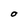
Character: O